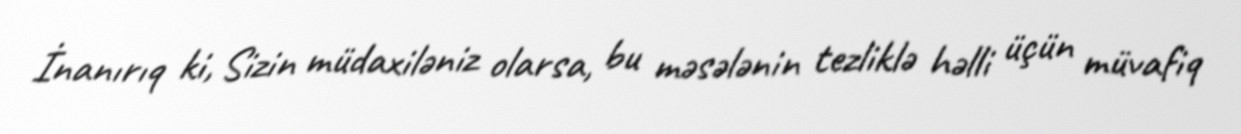
İnanırıq ki, Sizin müdaxiləniz olarsa, bu məsələnin tezliklə həlli üçün müvafiq